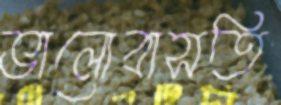
ভালোবাসতি